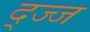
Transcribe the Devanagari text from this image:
द्ज्ज